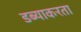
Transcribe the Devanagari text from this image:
डब्याकरता